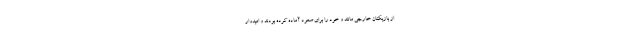
از بازیکنان خارجی مانند و خود را برای صعود آماده کرده بودند و امیدوار